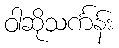
ဝါဆိုသင်္ကန်း